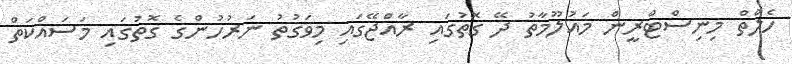
ހެލްތް މިނިސްޓްރީން މައުލޫމާތު ދޭ ގޮތުގައި ރާއްޖޭގައި މިވަގުތު ނަރުހުންގެ ގޮތުގައި މަސައްކަތް